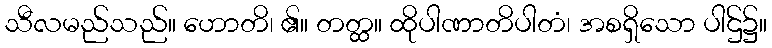
သီလမည်သည်။ ဟောတိ၊ ၏။ တတ္ထ။ ထိုပါဏာတိပါတံ၊ အစရှိသော ပါဌ်၌။